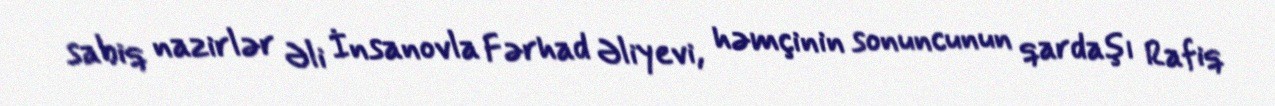
sabiq nazirlər Əli İnsanovla Fərhad Əliyevi, həmçinin sonuncunun qardaşı Rafiq